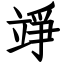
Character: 竫